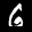
Label: 6